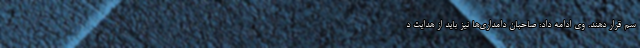
سم قرار دهند. وی ادامه داد: صاحبان دامداری‌ها نیز باید از هدایت د